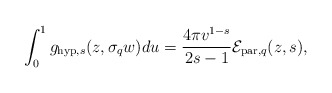
\begin{align*} \int_{0}^{1}g_{\mathrm{hyp},s}(z,\sigma_{q}w)du=\frac{4\pi v^{1-s}}{2s-1}\mathcal{E}_{\mathrm{par},q}(z,s),\end{align*}